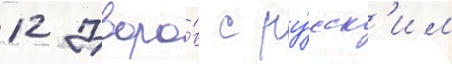
12 дворо́в с ру́сск'им